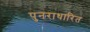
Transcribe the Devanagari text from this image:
पुनराधारित